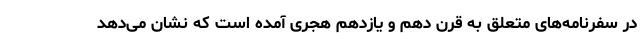
در سفرنامه‌های متعلق به قرن دهم و یازدهم هجری آمده ‌است که نشان می‌دهد